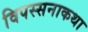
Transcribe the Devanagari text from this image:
विपस्सनाकथा